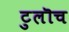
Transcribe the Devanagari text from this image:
टुलॊच